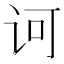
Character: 诃